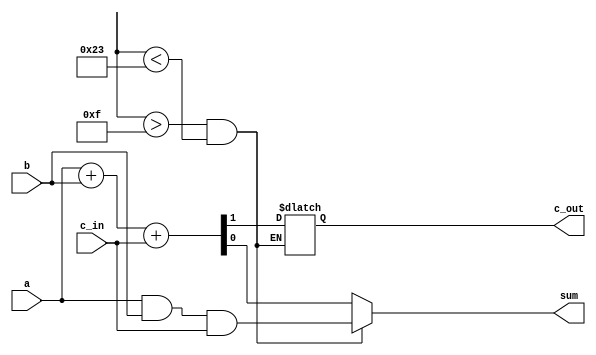
`timescale 1ns/1ps

module full_add(sum,c_out,a,b,c_in);
	output reg sum,c_out;
	input a,b,c_in;
	always @(*) begin
		if($time>15&&$time<35)
			sum = a&b&c_in;
		else
			{c_out,sum} = a+b+c_in;
	end
endmodule

module stimulus;
	reg a,b,c_in;
	wire sum,c_out;
	full_add add1(sum,c_out,a,b,c_in);
	
	initial 
		$monitor($time ,"  %d+%d+%d = %d , %d" , a,b,c_in,sum,c_out);
	initial begin
		a = 0;
		b = 1; c_in = 0;
		#10 c_in = 1;
		#6 a = 0;
		#10 b = 1;
		a = 1;
		c_in = 1;
		#10 c_in = 0;
		#5 $finish;
	end
endmodule